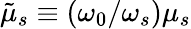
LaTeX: \tilde{\mu}_{s}\equiv(\omega_{0}/\omega_{s})\mu_{s}